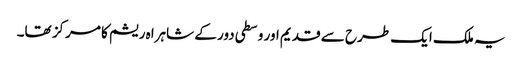
یہ ملک ایک طرح سے قدیم اور وسطی دور کے شاہراہ ریشم کا مرکز تھا۔